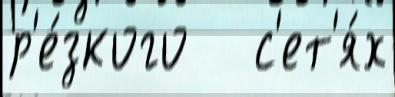
р'е́зкого   с'ет'я́х